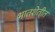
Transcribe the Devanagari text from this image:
भातशेतीत